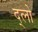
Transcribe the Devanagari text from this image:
द्लो